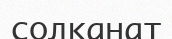
солқанат